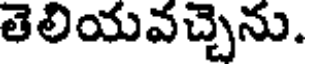
తెలియవచ్చెను.